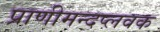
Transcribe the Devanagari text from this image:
प्राणीमन्दप्लवक